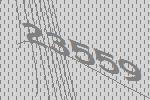
23559